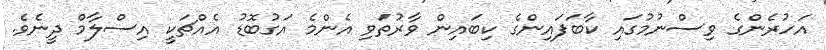
އަހުރެންގެ ވިސްނުމުގައި ކާބަފައިންގެ ކިބައިން ވާރުތަވި އެންމެ އަގުބޮޑު އެއްޗަކީ އިސްލާމް ދީނެވެ.